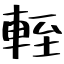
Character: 輊